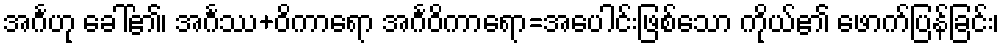
အင်္ဂဟု ခေါ်၏၊ အင်္ဂဿ+ဝိကာရော အင်္ဂဝိကာရော=အပေါင်းဖြစ်သော ကိုယ်၏ ဖောက်ပြန်ခြင်း၊